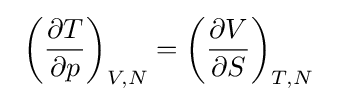
~\left({\partial T \over \partial p}\right)_{V,N}=\left({\partial V \over \partial S}\right)_{T,N}~